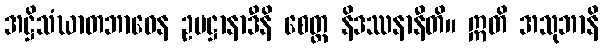
အဋ္ဌိသံဃာတဘာဝေန ဥပဋ္ဌာနာဒီနိ စေတ္ထ နိဒဿနာနီတိ။ ဣတိ အသုဘာနိ